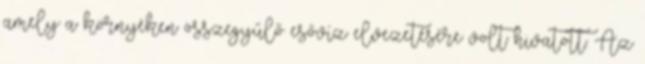
amely a környéken összegyűlő esővíz elvezetésére volt hivatott. Az